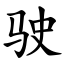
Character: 驶